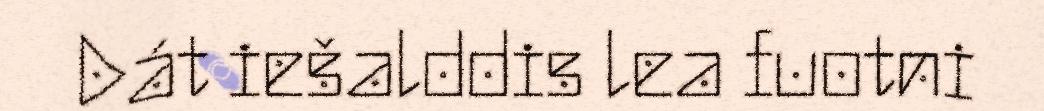
Dát iešalddis lea fuotni